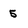
Character: 5